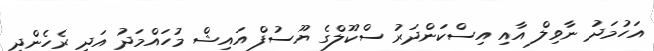
އަހުމަދު ނާވިލް އާއި އިސްކަންދަރު ސްކޫލްގެ ޔޫސުފް އައިޝް މުހައްމަދު އަދި ރެހެންދި